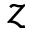
z